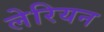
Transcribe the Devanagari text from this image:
लेरियन